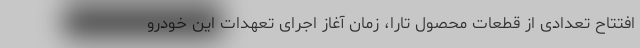
افتتاح تعدادی از قطعات محصول تارا، زمان آغاز اجرای تعهدات این خودرو